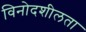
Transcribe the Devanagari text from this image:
विनोदशीलता